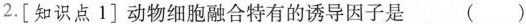
2.[知识点1]动物细胞融合特有的诱导因子是 ( )